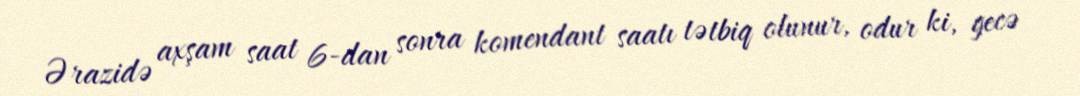
Ərazidə axşam saat 6-dan sonra komendant saatı tətbiq olunur, odur ki, gecə